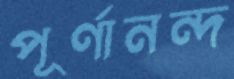
পূর্ণানন্দ